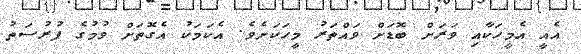
އެއީ އެމީހަކާއި ވަރަށް ބޮޑަށް ވައްތަރު މީހަކަށެވެ. އެކަމަކު އެގޮތަށް ވުމުގެ ފުރުސަތު